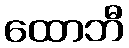
ထောဘီ